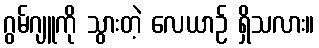
ဂွမ်ဂျူကို သွားတဲ့ လေယာဉ် ရှိသလား။